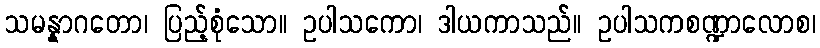
သမန္နာဂတော၊ ပြည့်စုံသော။ ဥပါသကော၊ ဒါယကာသည်။ ဥပါသကစဏ္ဍာလောစ၊